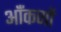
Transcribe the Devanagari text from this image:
ऑंकणों